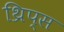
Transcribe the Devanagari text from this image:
थ्रिप्‍स